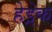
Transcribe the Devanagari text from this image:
हेड्रेक